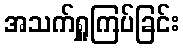
အသက်ရှူကြပ်ခြင်း